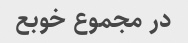
در مجموع خوبع